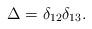
LaTeX: \begin{align*}\Delta=\delta_{12}\delta_{13}. \end{align*}